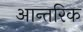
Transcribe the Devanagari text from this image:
आन्‍तरिक